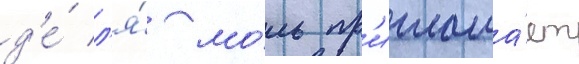
д'е́ л'я́ мо́ль пр'иглаша́ет